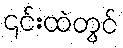
၎င်းထဲတွင်